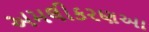
અમલીકરણઆ